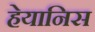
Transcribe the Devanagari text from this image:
हेयानिस